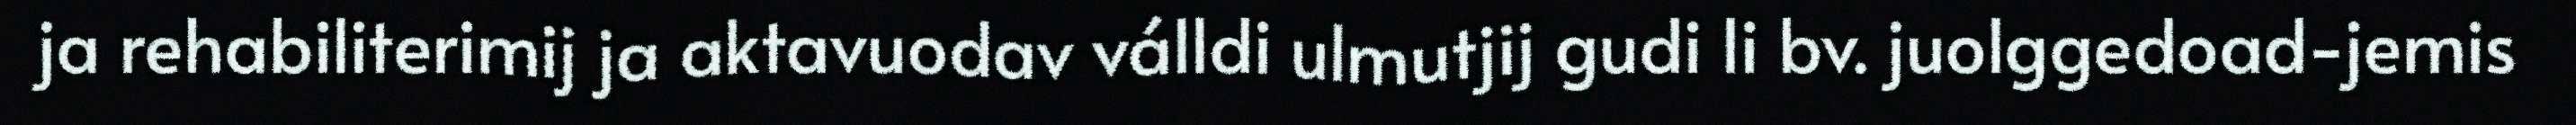
ja rehabiliterimij ja aktavuodav válldi ulmutjij gudi li bv. juolggedoad-jemis